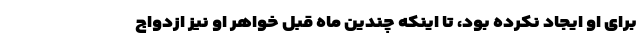
برای او ایجاد نکرده بود، تا اینکه چندین ماه قبل خواهر او نیز ازدواج